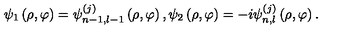
\psi _ { 1 } \left( \rho , \varphi \right) = \psi _ { n - 1 , l - 1 } ^ { \left( j \right) } \left( \rho , \varphi \right) , \psi _ { 2 } \left( \rho , \varphi \right) = - i \psi _ { n , l } ^ { \left( j \right) } \left( \rho , \varphi \right) .